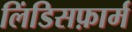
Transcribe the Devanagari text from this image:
लिंडिसफ़ार्म